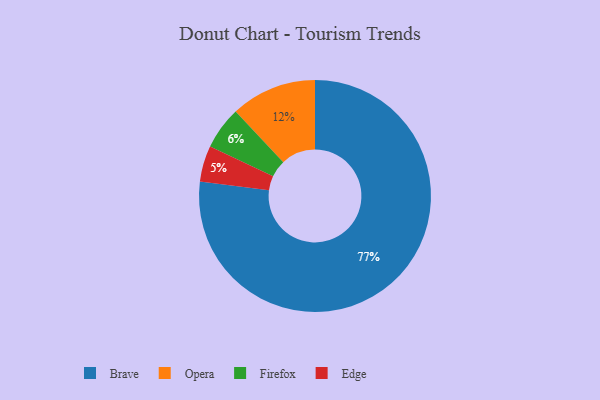
{"axis": {"x": "Category", "y": "Percentage"}, "legend": ["Brave", "Edge", "Firefox", "Opera"], "data": [{"x": "Brave", "y": 77, "type": "Brave"}, {"x": "Opera", "y": 12, "type": "Opera"}, {"x": "Edge", "y": 5, "type": "Edge"}, {"x": "Firefox", "y": 6, "type": "Firefox"}]}